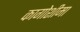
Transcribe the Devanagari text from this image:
कागोशीमा